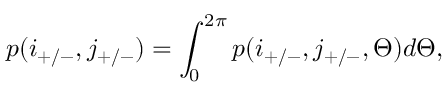
p ( i _ { + / - } , j _ { + / - } ) = \int _ { 0 } ^ { 2 \pi } p ( i _ { + / - } , j _ { + / - } , \Theta ) d \Theta ,